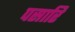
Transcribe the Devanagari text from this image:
पसारि